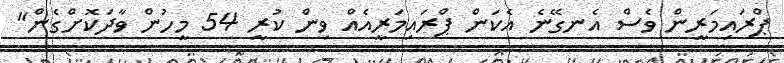
ޕްރައިމަރީން ވެސް އެނގޭނެ އެކަން ޕްރައިމަރީއެއް ވިން ކުރީ 54 މީހުން ވާދަކޮށްގެން"